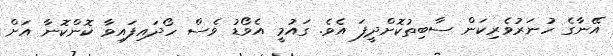
އޭނާގެ ހުނަރުވެރިކަން ސާބިތުކޮށްދީފަ އެވެ. ގައުމީ އެވޯޑު ވެސް ހޯދައިފައިވާ ކޮންކޮނާ އަށް